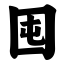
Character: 囤